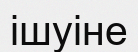
ішуіне